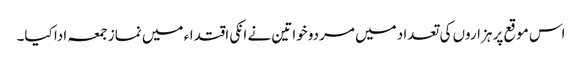
اس موقع پر ہزاروں کی تعداد میں مردو خواتین نے انکی اقتداء میں نماز جمعہ ادا کیا۔